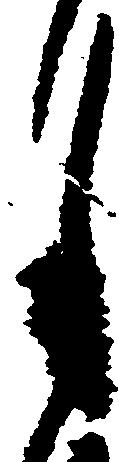
月